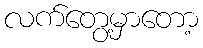
လက်တွေ့မှာတော့